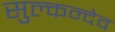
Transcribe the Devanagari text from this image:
सुल्कन्देव